Report of an investigation of the epidemic of malarial fever in Assam, or, kala-azar
Disease focus: Malaria
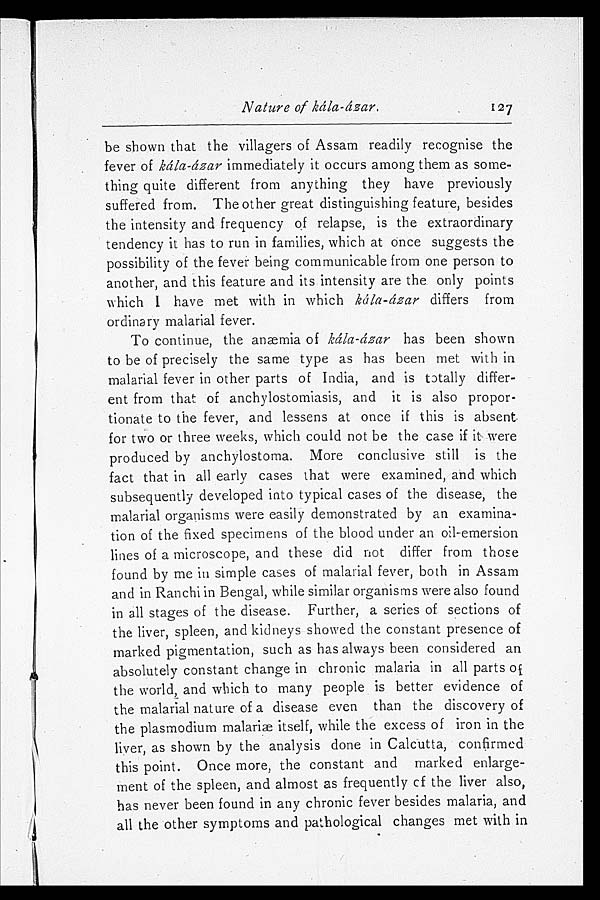
Nature of kála-ázar.
be shown that the villagers of Assam readily recognise the
fever of kála-ázar immediately it occurs among them as some
- t h i n g q u i t e d i f f e r e n t f r o m a n y t h i n g t h e y h a v e p r e v i o u s l y
suffered from. The other great distinguishing feature, besides
the intensity and frequency of relapse, is the extraordinary
tendency it has to run in families, which at Once suggests the
possibility of the fever being communicable from one person to
another, and this feature and its intensity are the only points
which I have met with in which kála-ázar differs from
ordinary malarial fever.
To continue, the anæmia of kála-ázar has been shown
to be of precisely the same type as has been met with in
malarial fever in other parts of India, and is totally differ
-ent from that of anchylostomiasis, and it is also propor
- t i o n a t e t o t h e f e v e r , a n d l e s s e n s a t o n c e i f t h i s i s a b s e n t
for two or three weeks, which could not be the case if it were
produced by anchylostoma. More conclusive still is the
fact that in all early cases that were examined, and which
subsequently developed into typical cases of the disease, the
malarial organisms were easily demonstrated by an examina
-tion of the fixed specimens of the blood under an oil-emersion
lines of a microscope, and these did not differ from those
found by me in simple cases of malarial fever, both in Assam
and in Ranchi in Bengal, while similar organisms were also found
in all stages of the disease. Further, a series of sections of
the liver, spleen, and kidneys showed the constant presence of
marked pigmentation, such as has always been considered an
absolutely constant change in chronic malaria in all parts of
the world, and which to many people is better evidence of
the malarial nature of a disease even than the discovery of
t he pl asmodi um mal ari æ i t sel f, whi l e t he excess of i ron i n t he
liver, as shown by the analysis done in Calcutta, confirmed
this point. Once more, the constant and marked enlarge
-ment of the spleen, and almost as frequently of the liver also,
has never been found in any chronic fever besides malaria, and
all the other symptoms and pathological changes met with in
127